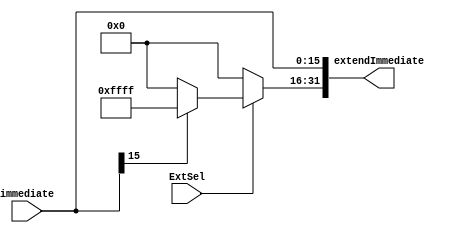
`timescale 1ns / 1ps

module SignZeroExtend (
    input ExtSel,  // 100
    input [15:0] immediate,  // 16
    
    output [31:0] extendImmediate  // 32
);

    // 
    assign extendImmediate[15:0]  = immediate;
    assign extendImmediate[31:16] = ExtSel ? (immediate[15] ? 16'hffff : 16'h0000) : 16'h0000;

endmodule